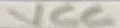
Text: VCC